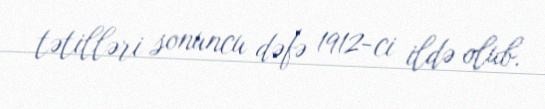
tətilləri sonuncu dəfə 1912-ci ildə olub.